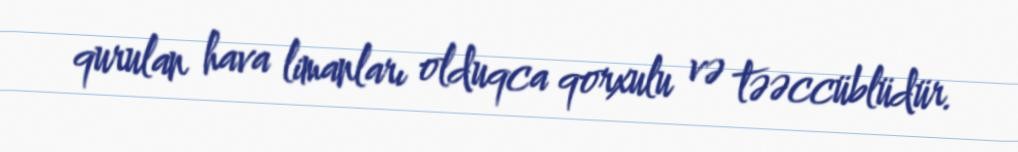
qurulan hava limanları olduqca qorxulu və təəccüblüdür.